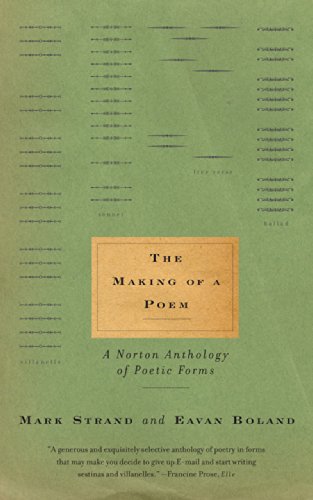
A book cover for The Making of a Poem: A Norton Anthology of Poetic Forms; Literature & Fiction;